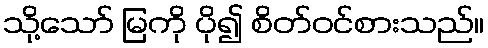
သို့သော် မြကို ပို၍ စိတ်ဝင်စားသည်။